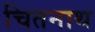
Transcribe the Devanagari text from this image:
चितनाथ